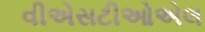
વીએસટીઓએલ